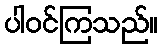
ပါဝင်ကြသည်။